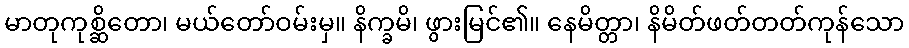
မာတုကုစ္ဆိတော၊ မယ်တော်ဝမ်းမှ။ နိက္ခမိ၊ ဖွားမြင်၏။ နေမိတ္တာ၊ နိမိတ်ဖတ်တတ်ကုန်သော